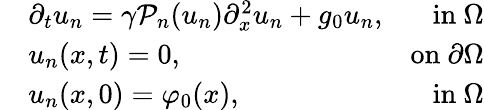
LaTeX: \begin{array}{rlr}&{\partial_{t}u_{n}=\gamma\mathcal{P}_{n}(u_{n})\partial_{x}^{2}u_{n}+g_{0}u_{n},}&{\mathrm{in~}\Omega}\\ &{u_{n}(x,t)=0,}&{\mathrm{on~}\partial\Omega}\\ &{u_{n}(x,0)=\varphi_{0}(x),}&{\mathrm{in~}\Omega}\end{array}